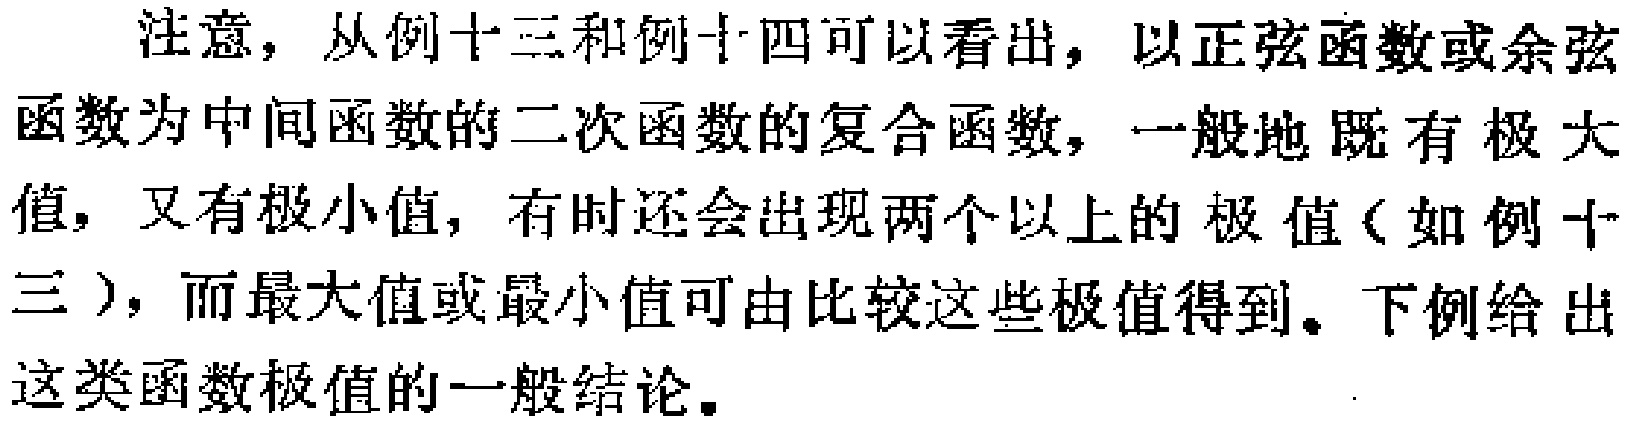
注意，从例十三和例十四可以看出，以正弦函数或余弦函数为中间函数的二次函数的复合函数，一般地既有极大值，又有极小值，有时还会出现两个以上的极值（如例十三），而最大值或最小值可由比较这些极值得出。下例给出这类函数极值的一般结论。